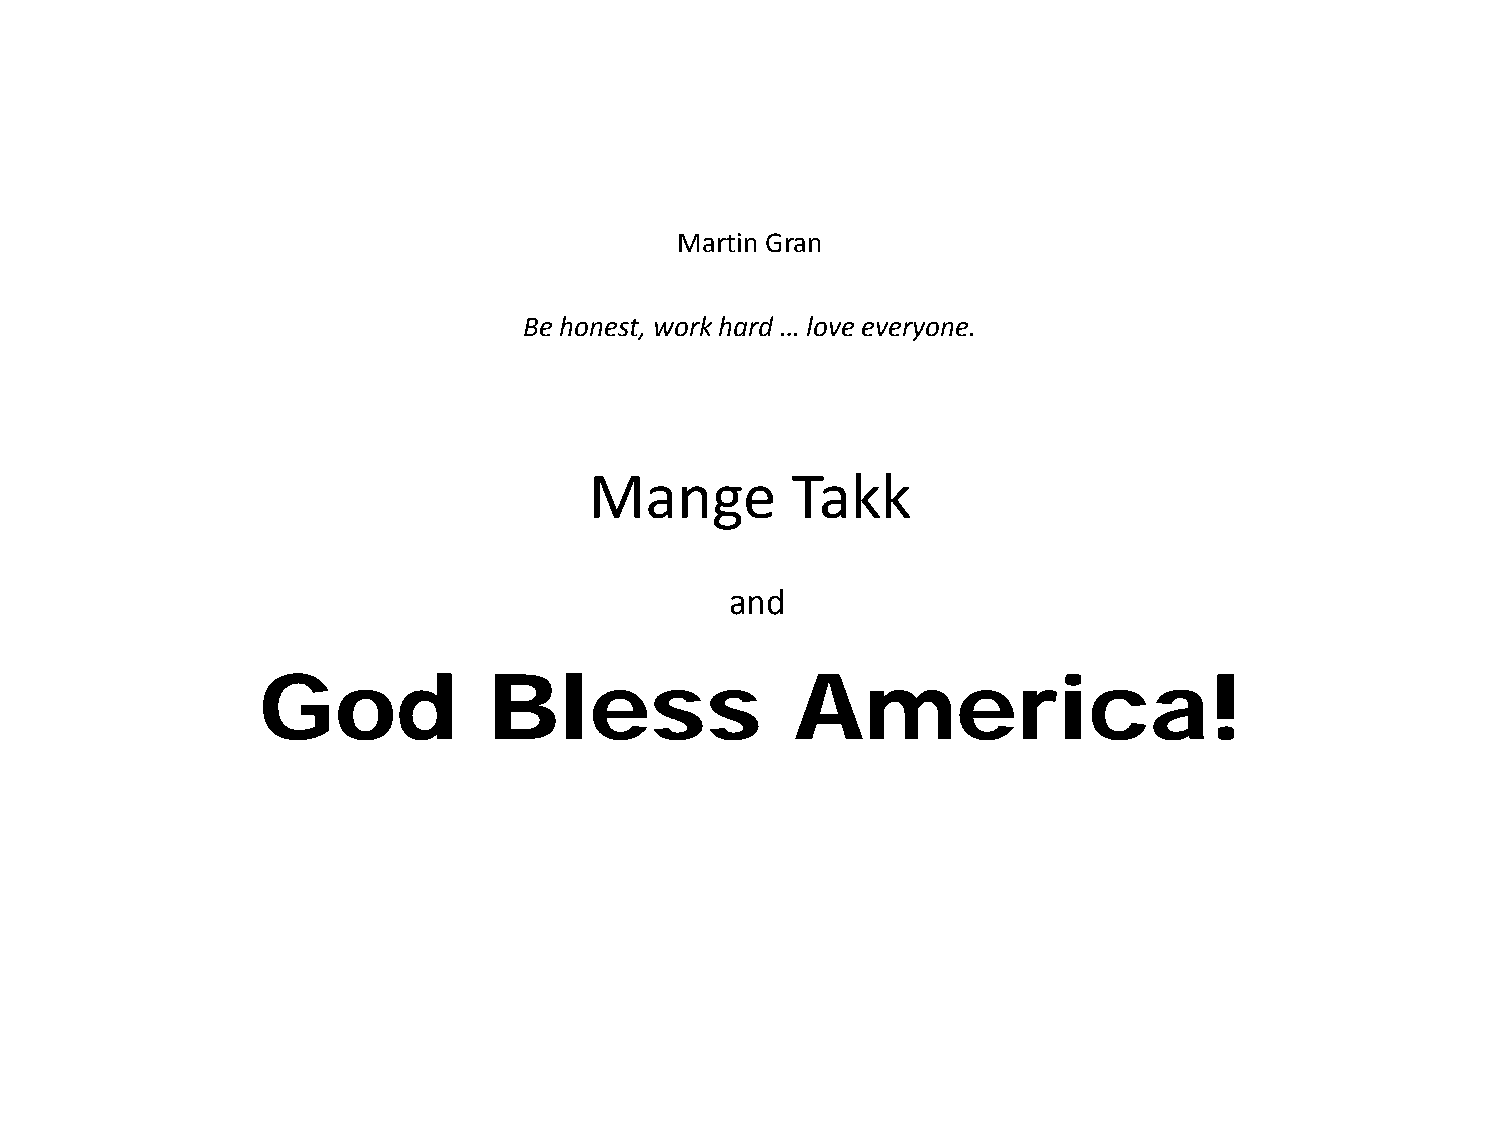
Martin Gran
 Be honest, work hard … love everyone.
 Mange        Takk
 and
 God            Bless                America!